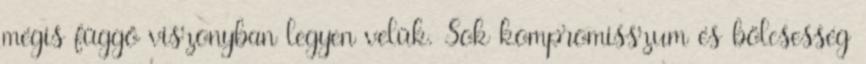
mégis függő viszonyban legyen velük. Sok kompromisszum és bölcsesség